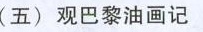
(五)观巴黎油画记